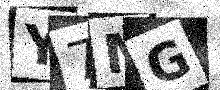
Text: Y7MG